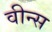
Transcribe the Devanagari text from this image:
वीन्स